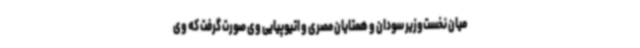
میان نخست‌وزیر سودان و همتایان مصری و اتیوپیایی وی صورت گرفت که وی